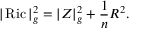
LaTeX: | \operatorname { R i c } | _ { g } ^ { 2 } = | Z | _ { g } ^ { 2 } + { \frac { 1 } { n } } R ^ { 2 } .